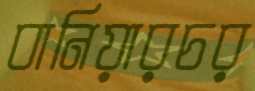
বানিয়ারচর